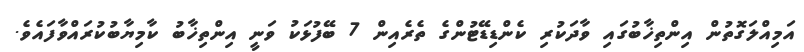
އަމިއްލަގޮތުން އިންތިޚާބުގައި ވާދަކުރި ކެންޑިޑޭޓުންގެ ތެރެއިން 7 ބޭފުޅަކު ވަނީ އިންތިޚާބު ކާމިޔާބުކުރައްވާފައެވެ.